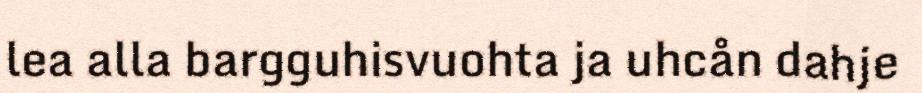
lea alla bargguhisvuohta ja uhcån dahje